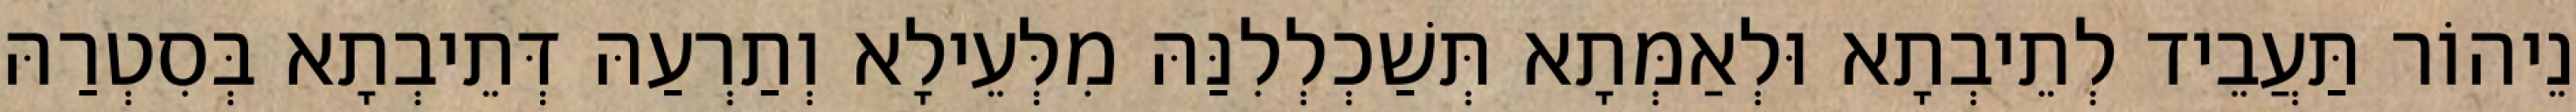
נֵיהוֹר תַּעֲבֵיד לְתֵיבְתָא וּלְאַמְּתָא תְּשַׁכְלְלִנַּהּ מִלְּעֵילָא וְתַרְעַהּ דְּתֵיבְתָא בְּסִטְרַהּ